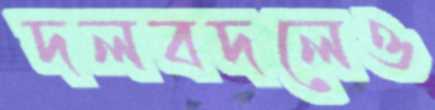
দলবদলেও